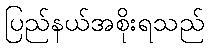
ပြည်နယ်အစိုးရသည်